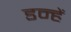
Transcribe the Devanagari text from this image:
डन्हें